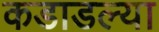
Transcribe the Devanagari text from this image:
कडाडल्या